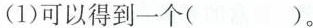
(1)可以得到一个( )。